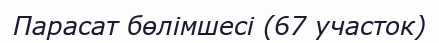
Парасат бөлімшесі (67 участок)